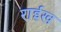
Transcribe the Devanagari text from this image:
राईख